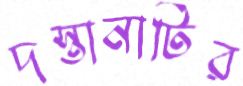
দস্তানাটির